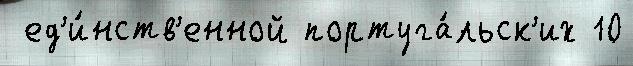
 ед'и́нств'енной португа́льск'их 10